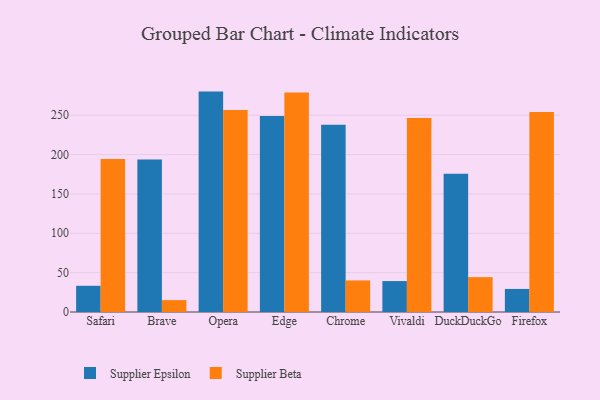
{"axis": {"x": "Browser", "y": "Market Share (%)"}, "legend": ["Supplier Beta", "Supplier Epsilon"], "data": [{"x": "Safari", "y": 33.3, "type": "Supplier Epsilon"}, {"x": "Safari", "y": 194.4, "type": "Supplier Beta"}, {"x": "Brave", "y": 193.8, "type": "Supplier Epsilon"}, {"x": "Brave", "y": 15.1, "type": "Supplier Beta"}, {"x": "Opera", "y": 280.0, "type": "Supplier Epsilon"}, {"x": "Opera", "y": 256.5, "type": "Supplier Beta"}, {"x": "Edge", "y": 249.0, "type": "Supplier Epsilon"}, {"x": "Edge", "y": 278.7, "type": "Supplier Beta"}, {"x": "Chrome", "y": 238.0, "type": "Supplier Epsilon"}, {"x": "Chrome", "y": 40.1, "type": "Supplier Beta"}, {"x": "Vivaldi", "y": 39.3, "type": "Supplier Epsilon"}, {"x": "Vivaldi", "y": 246.5, "type": "Supplier Beta"}, {"x": "DuckDuckGo", "y": 175.5, "type": "Supplier Epsilon"}, {"x": "DuckDuckGo", "y": 44.3, "type": "Supplier Beta"}, {"x": "Firefox", "y": 29.3, "type": "Supplier Epsilon"}, {"x": "Firefox", "y": 254.2, "type": "Supplier Beta"}]}